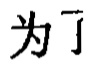
为了